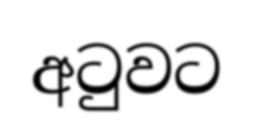
අටුවට